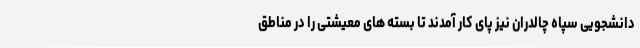
دانشجویی سپاه چالدران نیز پای کار آمدند تا بسته های معیشتی را در مناطق